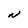
Character: N